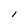
Character: I